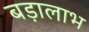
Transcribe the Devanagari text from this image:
बड़ालाभ